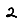
Digit: 2